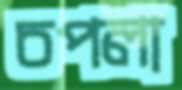
চপলা